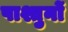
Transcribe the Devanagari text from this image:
पाश्तुनों